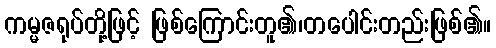
ကမ္မဇရုပ်တို့ဖြင့် ဖြစ်ကြောင်းတူ၏၊တပေါင်းတည်းဖြစ်၏။